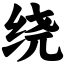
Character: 绕